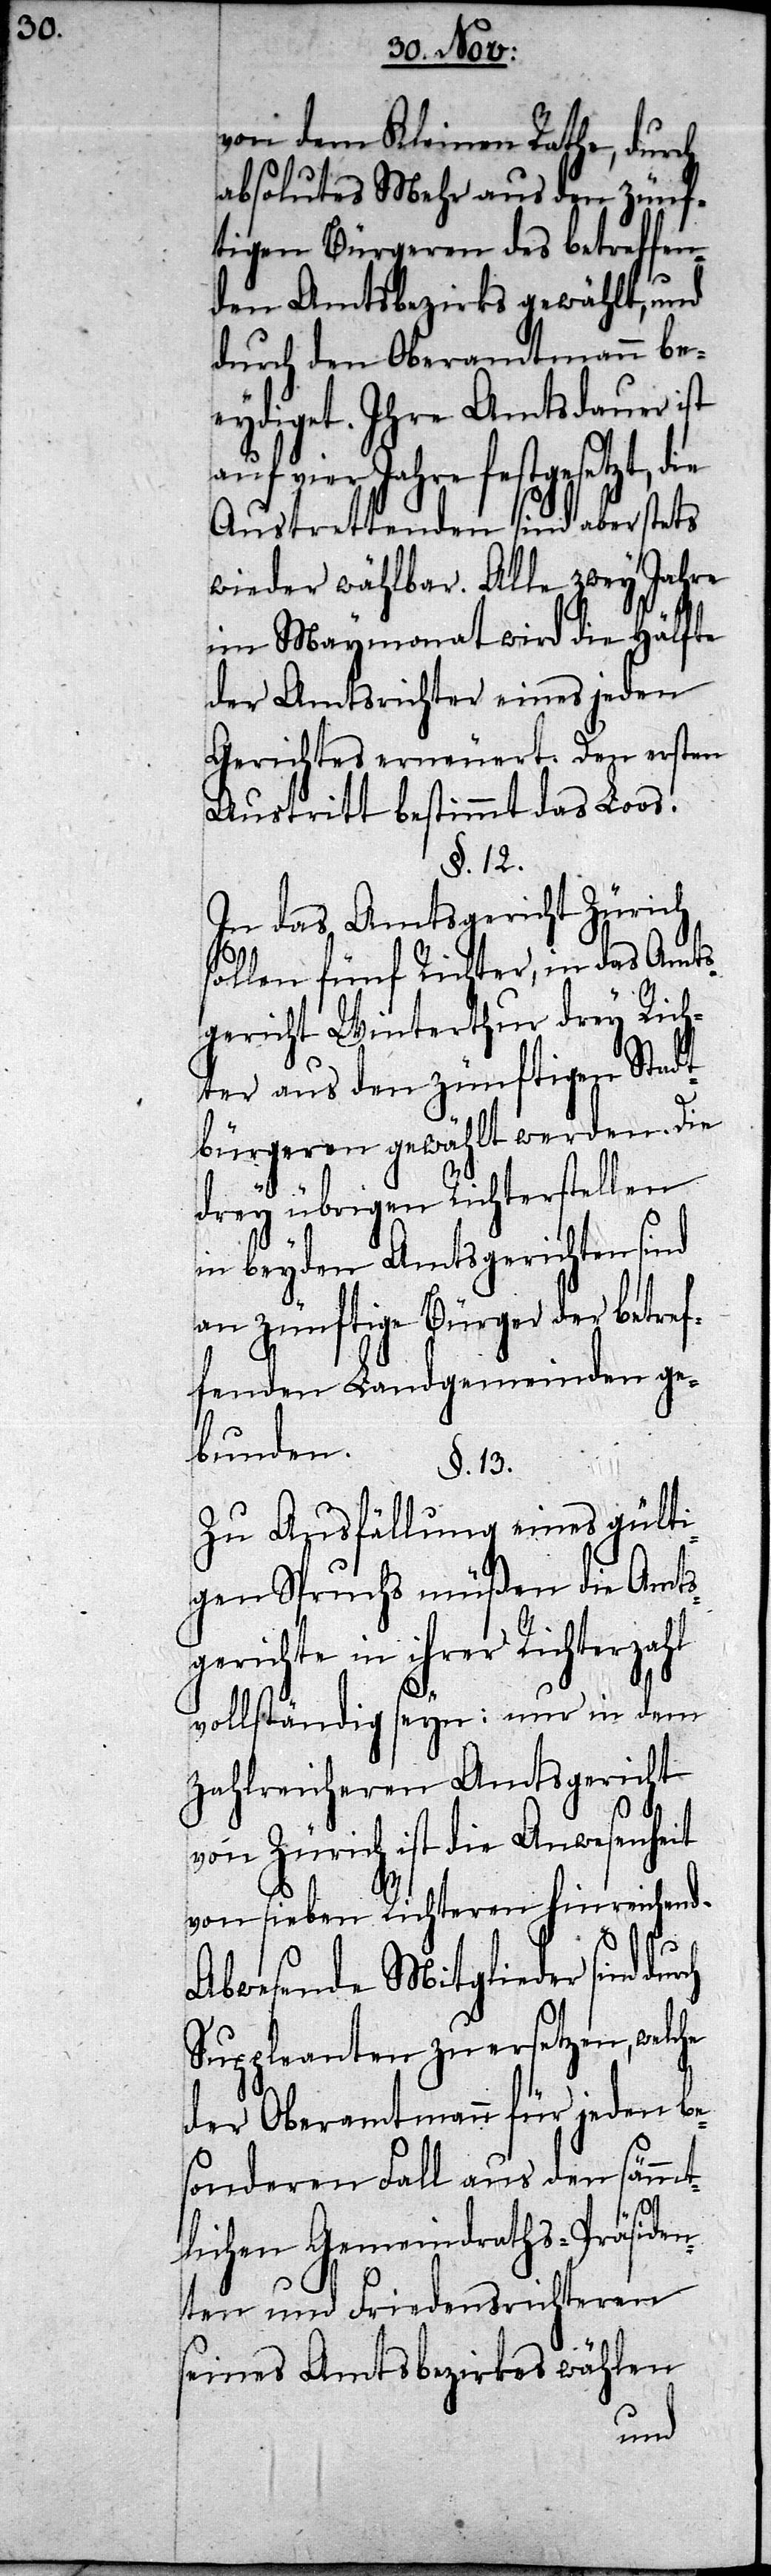
von dem Kleinen Rath durch
absolutes Mehr aus den zünf¬
tigen Bürgeren des betreffen¬
den Amtsbezirks gewählt, und
durch den Oberamtmann be¬
eydiget. Ihre Amtsdauer ist
sieben Richteren hinreichend.
Austrettenden sind aber stets
wieder wählbar. Alle zwey Jahre
im Maymonat wird die Hälfte
der Amtsrichter eines jeden
Gerichtes erneueret. Den ersten
Austritt bestimmt das Loos.
§. 12.
In das Amtsgericht Zürich
sollen fünf Richter, in das Amts¬
gericht Winterthur drey Rich¬
ter aus den zünftigen Stadt¬
bürgeren gewählt werden. Die
drey übrigen Richterstellen
in beyden Amtsgerichten sind
an zünftige Bürger der betref¬
fenden Landgemeinden ge¬
bunden.
§. 13.
Zu Ausfällung eines gülti¬
gen Spruchs müßen die Amts¬
gerichte in ihrer Richterzahl
vollständig seyn; nur in dem
zahlreicheren Amtsgericht
Zürich ist die Anwesenheit
Abwesende Mitglieder sind
Suppleanten zu ersetzen,
der Oberamtmann für jeden be¬
sonderen Fall aus den sämmt¬
lichen Gemeinderaths-Präsiden¬
ten und Friedensrichteren
seines Amtsbezirkes wählen